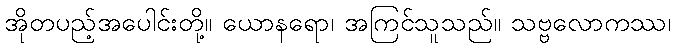
အိုတပည့်အပေါင်းတို့။ ယောနရော၊ အကြင်သူသည်။ သဗ္ဗလောကဿ၊